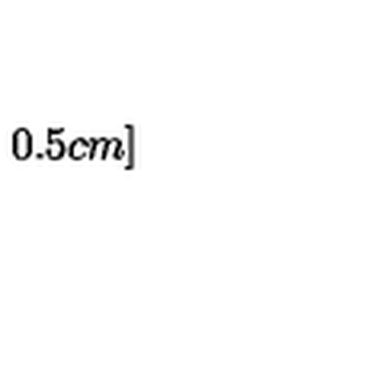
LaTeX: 0 . 5 c m ]